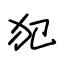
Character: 犯